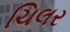
ચિલર